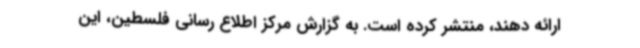
ارائه دهند، منتشر کرده است. به گزارش مرکز اطلاع رسانی فلسطین، این